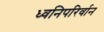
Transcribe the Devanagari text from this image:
ध्वनिपरिर्वान